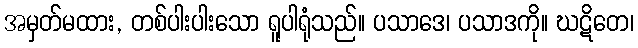
အမှတ်မထား, တစ်ပါးပါးသော ရူပါရုံသည်။ ပသာဒေ၊ ပသာဒကို။ ဃဋိတေ၊